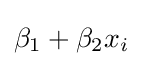
\beta _{1}+\beta _{2}x_{i}